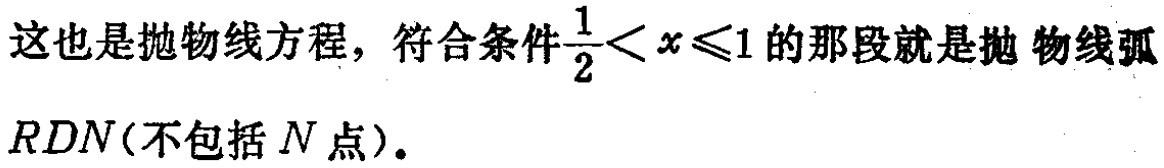
这也是抛物线方程，符合条件$\frac{1}{2}< x\leqslant1$的那段就是抛物线弧$RDN$(不包括$N$点)。